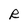
Character: R